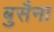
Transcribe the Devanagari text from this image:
बुसैना